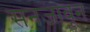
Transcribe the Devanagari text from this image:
सनजावून